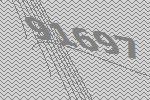
91697